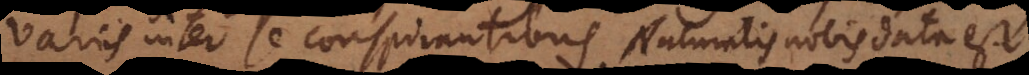
variis inter se conspirantibus. Naturalis nobis data est